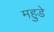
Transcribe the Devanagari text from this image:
महुडे